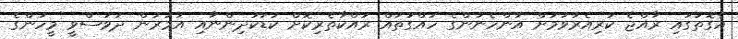
އެގޮތުގައި ރާއްޖެ ކުރިއެރުވުމަށް އަންހެނުންގެ ހައްގުތައް ރައްކާތެރިކޮށް ކުޑަކުދިންނާއި އުމުރުން ދުވަސްވީ މީހުންގެ